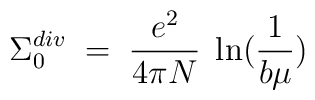
\Sigma_0^{div} \;=\; \frac{e^2}{4 \pi N} \; \ln(\frac{1}{b\mu})